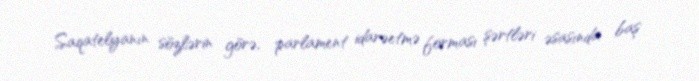
Saqatelyanın sözlərin görə, parlament idarəetmə forması şərtləri əsasında baş